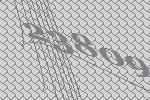
23809